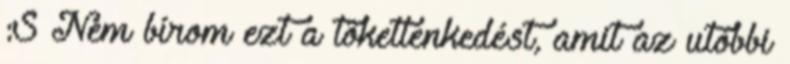
:S Nem bírom ezt a töketlenkedést, amit az utóbbi